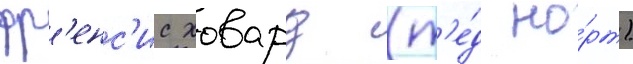
фр'енс'ис ховард (т'е́д но́рт)